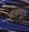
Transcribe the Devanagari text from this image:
लोकयुद्ध